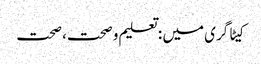
کیٹاگری میں : تعلیم و صحت، صحت